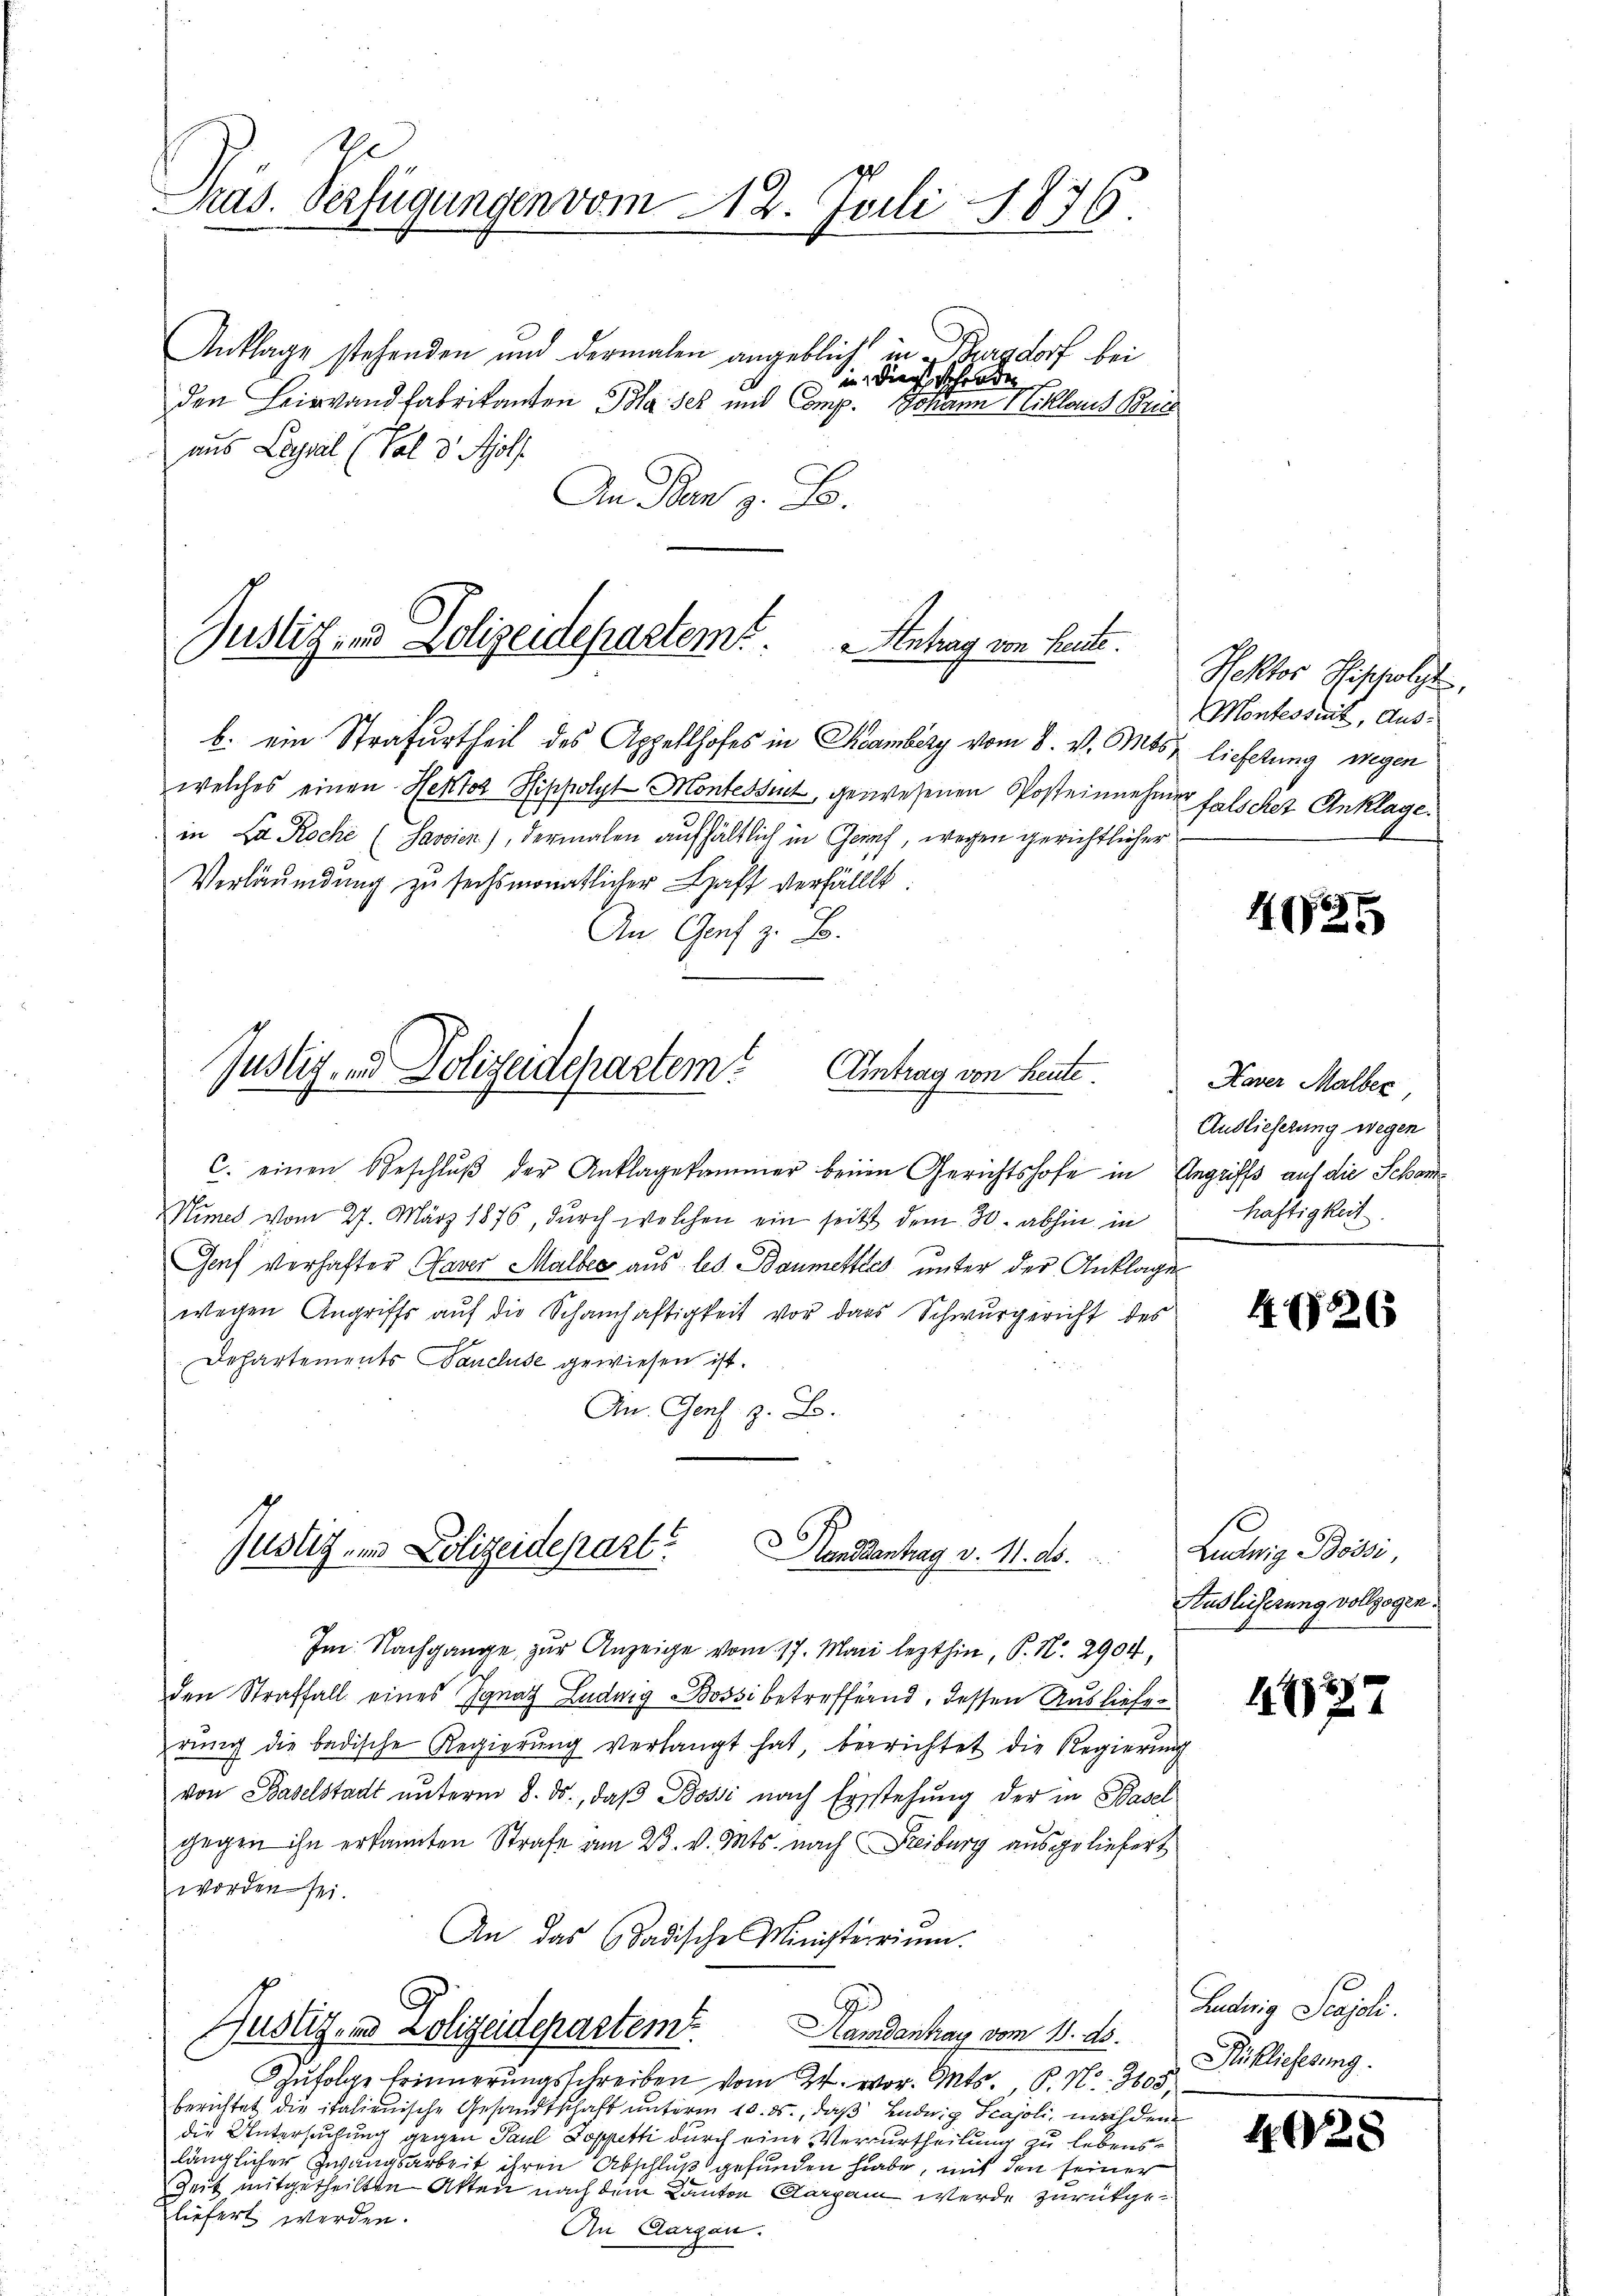
Pris. Verfügungen vom 12. Juli 1876

Anklage stehenden und dermalen angeblich in Burgdorf bei
in Diens schroden
den Beinwand fabrikanten Blaser und Comp. Johann Niklaus Bris
aus Lanal (Tal v. Molf
An Den z. B.

Justiz- u. Polizeidepartemt
Antrag von heute.

b. ein Strafurtheil des Appellhofes in Chamberg vom 8. v. Mts. lieferung wegen
welches einen Hektor Hippolyt Montessent gewesenen Posteinnehmen falscher Anklage.
in La Roche (Savoien), dermalen aufhältlich in Graf, wegen gerichtlicher
Verläumdung zu sechsmonatlicher Haft verfällt.
An Genf z. B.

Justiz- und Polizeidepartemt
Eintrag von heute

C. einen Beschlŭβ der Anklagekammer beim Gerichtshofe in Angriffs auf die Schön¬
Nimes vom 27. März 1876, durch welchen ein seits dem 30. abhin in
Genf verhafter Taver Malbes aus les Baumettres unter der Anklage
wegen Angriffs auf die Schanhaftigkeit vor das Schwurgericht des
Departements Sancluse gewiesen ist.
An. Genf z. B.

Justiz- und Polizeidepart
Handsantrag v. 11. ds.

Im Nachgange, zur Anzeige vom 17. Mai lezthin, P. Nr. 2904,
den Straffall eines Ignat Ludwig Bossi betreffend, dessen Auslieferŭng die badische Regierung verlangt hat, berichtet die Regierung
von Baselstadt unterm 8. ds., daß Bossi nach Erstehung der in Basel
gegen ihn erkannten Strafe am 23. v. Mts. nach Freiburg ausgeliefert
worden sei.
An das Stadische Ministerium.
Justiz- und Polizeidepartem
Handantrag vom 18. ds.
zufolge Erinnerungsschreiben vom 24. vor. Mts. P. Nr. 305.
berichtet die italienische Gesandtschaft unterm 10. ds., daß Ludwig Scajoli, nachdem
die Untersuchung Paul Doppetti durch eine Verurtheilung zu lebenslänglicher Zwangsarbeit ihren Abschluß gefunden habe, mit den seiner
Zeit mitgetheilten Akten nach dem Kanton Aargau werde zurückgeliefert werden.
An Aargau.

Rektor Pischolt
Montesseit, Aus¬
1

425

Haver Malber,
Auslieferung wegen
haftigkeit

40226

Ludwig Bossi,
Sudlicherung vollzogen.

11127

Ludwig Scajoli.
Rüslieferung.

4028